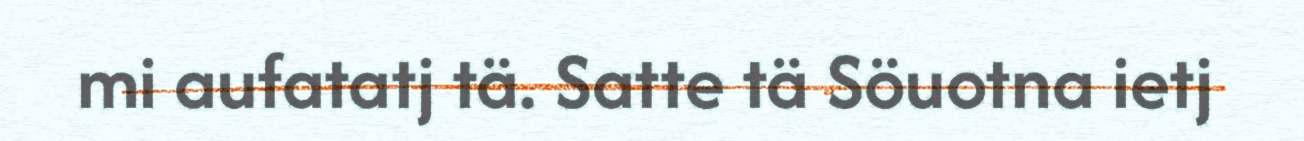
mi aufatatj tä. Satte tä Söuotna ietj